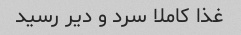
غذا کاملا سرد و دیر رسید